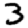
Digit: 3